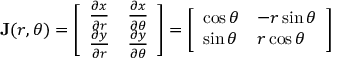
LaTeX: \mathbf { J } ( r , \theta ) = { \left[ \begin{array} { l l } { { \frac { \partial x } { \partial r } } } & { { \frac { \partial x } { \partial \theta } } } \\ { { \frac { \partial y } { \partial r } } } & { { \frac { \partial y } { \partial \theta } } } \end{array} \right] } = { \left[ \begin{array} { l l } { \cos \theta } & { - r \sin \theta } \\ { \sin \theta } & { r \cos \theta } \end{array} \right] }